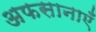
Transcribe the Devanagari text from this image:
अफसानाएँ